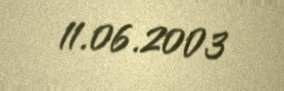
11.06.2003